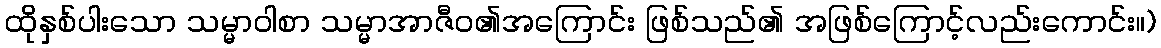
ထိုနှစ်ပါးသော သမ္မာဝါစာ သမ္မာအာဇီဝ၏အကြောင်း ဖြစ်သည်၏ အဖြစ်ကြောင့်လည်းကောင်း။)